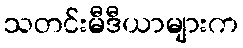
သတင်းမီဒီယာများက